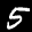
Label: 5